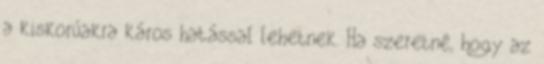
a kiskorúakra káros hatással lehetnek. Ha szeretné, hogy az